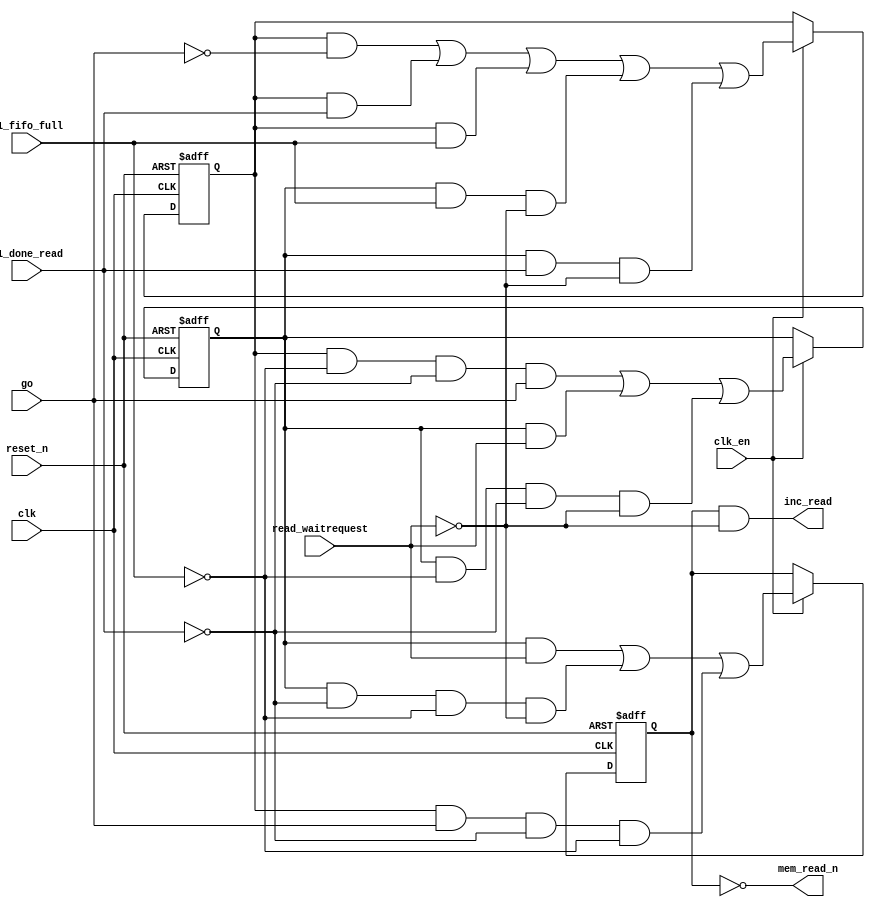
module soc_design_General_DMA_mem_read (
                                          clk,
                                          clk_en,
                                          go,
                                          p1_done_read,
                                          p1_fifo_full,
                                          read_waitrequest,
                                          reset_n,
                                          inc_read,
                                          mem_read_n
                                       )
;
  output           inc_read;
  output           mem_read_n;
  input            clk;
  input            clk_en;
  input            go;
  input            p1_done_read;
  input            p1_fifo_full;
  input            read_waitrequest;
  input            reset_n;
  wire             inc_read;
  wire             mem_read_n;
  wire             p1_read_select;
  reg              read_select;
  reg              soc_design_General_DMA_mem_read_access;
  reg              soc_design_General_DMA_mem_read_idle;
  assign mem_read_n = ~read_select;
  always @(posedge clk or negedge reset_n)
    begin
      if (reset_n == 0)
          read_select <= 0;
      else if (clk_en)
          read_select <= p1_read_select;
    end
  assign inc_read = read_select & ~read_waitrequest;
  always @(posedge clk or negedge reset_n)
    begin
      if (reset_n == 0)
          soc_design_General_DMA_mem_read_idle <= 1;
      else if (clk_en)
          soc_design_General_DMA_mem_read_idle <= ((soc_design_General_DMA_mem_read_idle == 1) & (go == 0)) |
                    ((soc_design_General_DMA_mem_read_idle == 1) & (p1_done_read == 1)) |
                    ((soc_design_General_DMA_mem_read_idle == 1) & (p1_fifo_full == 1)) |
                    ((soc_design_General_DMA_mem_read_access == 1) & (p1_fifo_full == 1) & (read_waitrequest == 0)) |
                    ((soc_design_General_DMA_mem_read_access == 1) & (p1_done_read == 1) & (read_waitrequest == 0));
    end
  always @(posedge clk or negedge reset_n)
    begin
      if (reset_n == 0)
          soc_design_General_DMA_mem_read_access <= 0;
      else if (clk_en)
          soc_design_General_DMA_mem_read_access <= ((soc_design_General_DMA_mem_read_idle == 1) & (p1_fifo_full == 0) & (p1_done_read == 0) & (go == 1)) |
                    ((soc_design_General_DMA_mem_read_access == 1) & (read_waitrequest == 1)) |
                    ((soc_design_General_DMA_mem_read_access == 1) & (p1_fifo_full == 0) & (p1_done_read == 0) & (read_waitrequest == 0));
    end
  assign p1_read_select = ({1 {((soc_design_General_DMA_mem_read_access && (read_waitrequest == 1)))}} & 1) |
    ({1 {((soc_design_General_DMA_mem_read_access && (p1_done_read == 0) && (p1_fifo_full == 0) && (read_waitrequest == 0)))}} & 1) |
    ({1 {((soc_design_General_DMA_mem_read_idle && (go == 1) && (p1_done_read == 0) && (p1_fifo_full == 0)))}} & 1);
endmodule